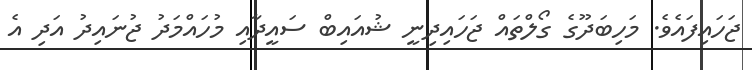
ޖަހައިފައެވެ. މަހިބަދޫގެ ގޯލްތައް ޖަހައިދިނީ ޝުއައިބް ސައީދާއި މުހައްމަދު ޖުނައިދު އަދި އެ